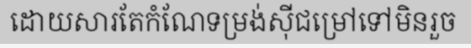
ដោយសារតែកំណែទម្រង់ស៊ីជម្រៅទៅមិនរួច